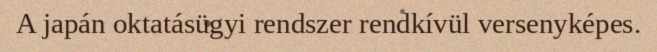
A japán oktatásügyi rendszer rendkívül versenyképes.